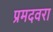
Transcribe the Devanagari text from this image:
प्रमदवरा